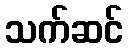
သက်ဆင်